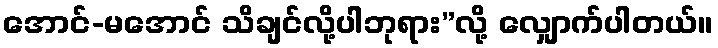
အောင်-မအောင် သိချင်လို့ပါဘုရား”လို့ လျှောက်ပါတယ်။